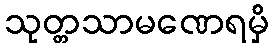
သုတ္တသာမဏေရမှိ